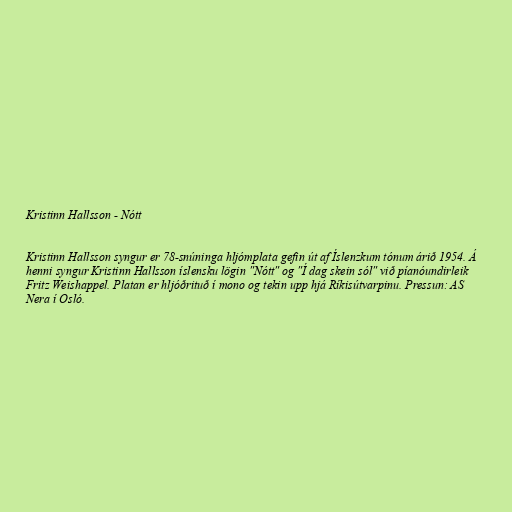
Kristinn Hallsson - Nótt

Kristinn Hallsson syngur er 78-snúninga hljómplata gefin út af Íslenzkum tónum árið 1954. Á
henni syngur Kristinn Hallsson íslensku lögin "Nótt" og "Í dag skein sól" við píanóundirleik
Fritz Weishappel. Platan er hljóðrituð í mono og tekin upp hjá Ríkisútvarpinu. Pressun: AS
Nera í Osló.